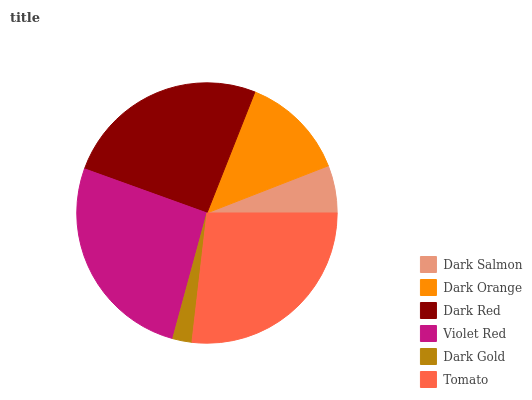
| Dark Salmon | Dark Orange | Dark Red | Violet Red | Dark Gold | Tomato |
 | --- | --- | --- | --- | --- | --- |
 | 5.9% | 13.1% | 25.5% | 26.3% | 2.4% | 26.9% |